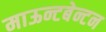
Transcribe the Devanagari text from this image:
माऊन्टबेन्टन